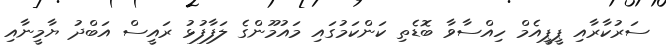
ސަރުކާރާއި ޕީޕީއެމް ހިއްސާވާ ބޮޑެތި ކަންކަމުގައި މައުމޫންގެ ލަފާފުޅު ރައީސް އަބްދު ޔާމީނާއި